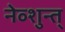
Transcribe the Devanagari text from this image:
नेव्शुन्त्